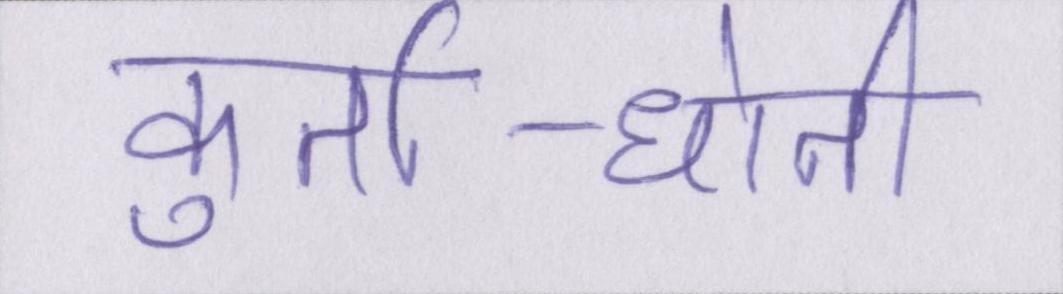
कुर्ता-धोती